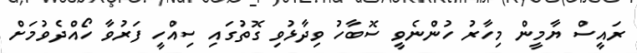
ރައީސް ޔާމީން މިހާރު ހުންނެވީ ސޮބާހު ވިދާޅުވި ގޮތުގައި ސިއްހީ ފަރުވާ ހޯއްދެވުމަށް